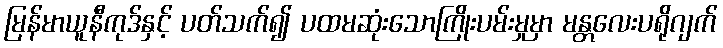
မြန်မာယူနီကုဒ်နှင့် ပတ်သက်၍ ပထမဆုံးသောကြိုးပမ်းမှုမှာ မန္တလေးပရိုဂျက်